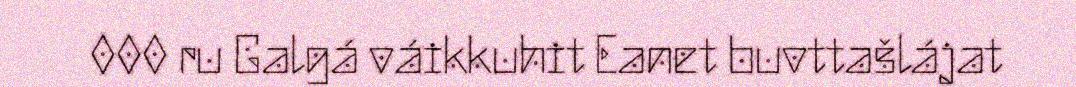
000 ru Galgá váikkuhit Eanet buvttašlájat